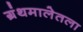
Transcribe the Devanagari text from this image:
ग्रंथमालेतला